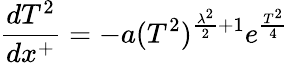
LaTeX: \frac{dT^{2}}{dx^{+}}=-a(T^{2})^{\frac{\lambda^{2}}{2}+1}e^{\frac{T^{2}}{4}}